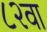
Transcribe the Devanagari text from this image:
८२वा